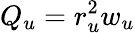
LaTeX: Q_{u}=r_{u}^{2}w_{u}